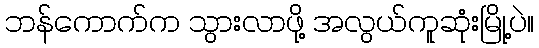
ဘန်ကောက်က သွားလာဖို့ အလွယ်ကူဆုံးမြို့ပဲ။